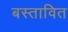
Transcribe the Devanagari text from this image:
बस्तावित